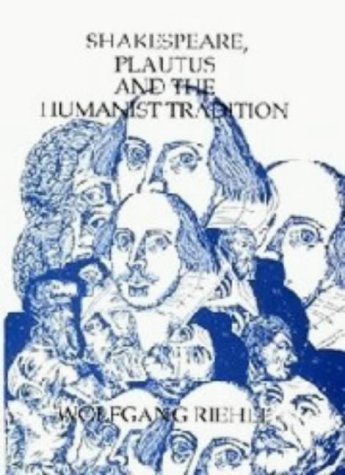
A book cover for Shakespeare, Plautus and the Humanist Tradition; Wolfgang Riehle; Literature & Fiction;